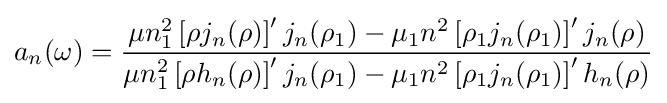
a_{n}(\omega )={\frac {\mu n_{1}^{2}\left[\rho j_{n}(\rho )\right]'j_{n}(\rho _{1})-\mu _{1}n^{2}\left[\rho _{1}j_{n}(\rho _{1})\right]'j_{n}(\rho )}{\mu n_{1}^{2}\left[\rho h_{n}(\rho )\right]'j_{n}(\rho _{1})-\mu _{1}n^{2}\left[\rho _{1}j_{n}(\rho _{1})\right]'h_{n}(\rho )}}